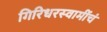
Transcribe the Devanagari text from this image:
गिरिधरस्वामींचं